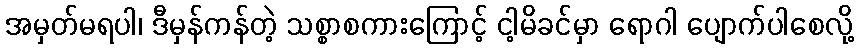
အမှတ်မရပါ၊ ဒီမှန်ကန်တဲ့ သစ္စာစကားကြောင့် ငါ့မိခင်မှာ ရောဂါ ပျောက်ပါစေလို့